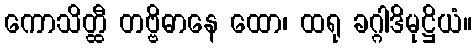
ကောသိတ္ထီ တဗ္ဗိဓာနေ ထော၊ ထရု ခဂ္ဂါဒိမုဋ္ဌိယံ။